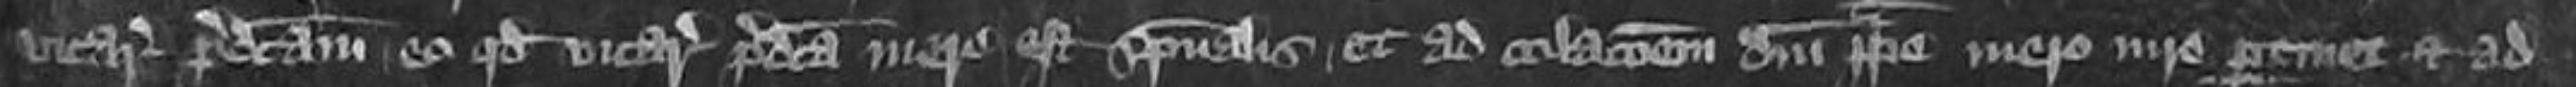
vicariam predictam eo quod vicariam predictam mere est et ad colationem domini ipse mero iure pertiniet et ad